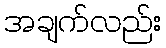
အချက်လည်း